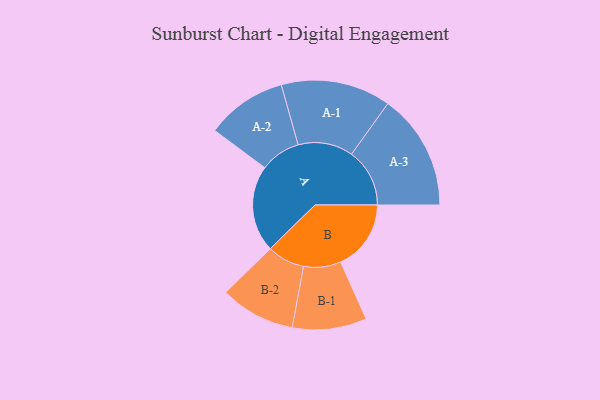
{"axis": {"x": "Segment", "y": "Value"}, "legend": ["", "A", "B"], "data": [{"x": "A", "y": 438, "type": ""}, {"x": "B", "y": 356, "type": ""}, {"x": "A-1", "y": 278, "type": "A"}, {"x": "A-2", "y": 204, "type": "A"}, {"x": "A-3", "y": 294, "type": "A"}, {"x": "B-1", "y": 188, "type": "B"}, {"x": "B-2", "y": 190, "type": "B"}]}